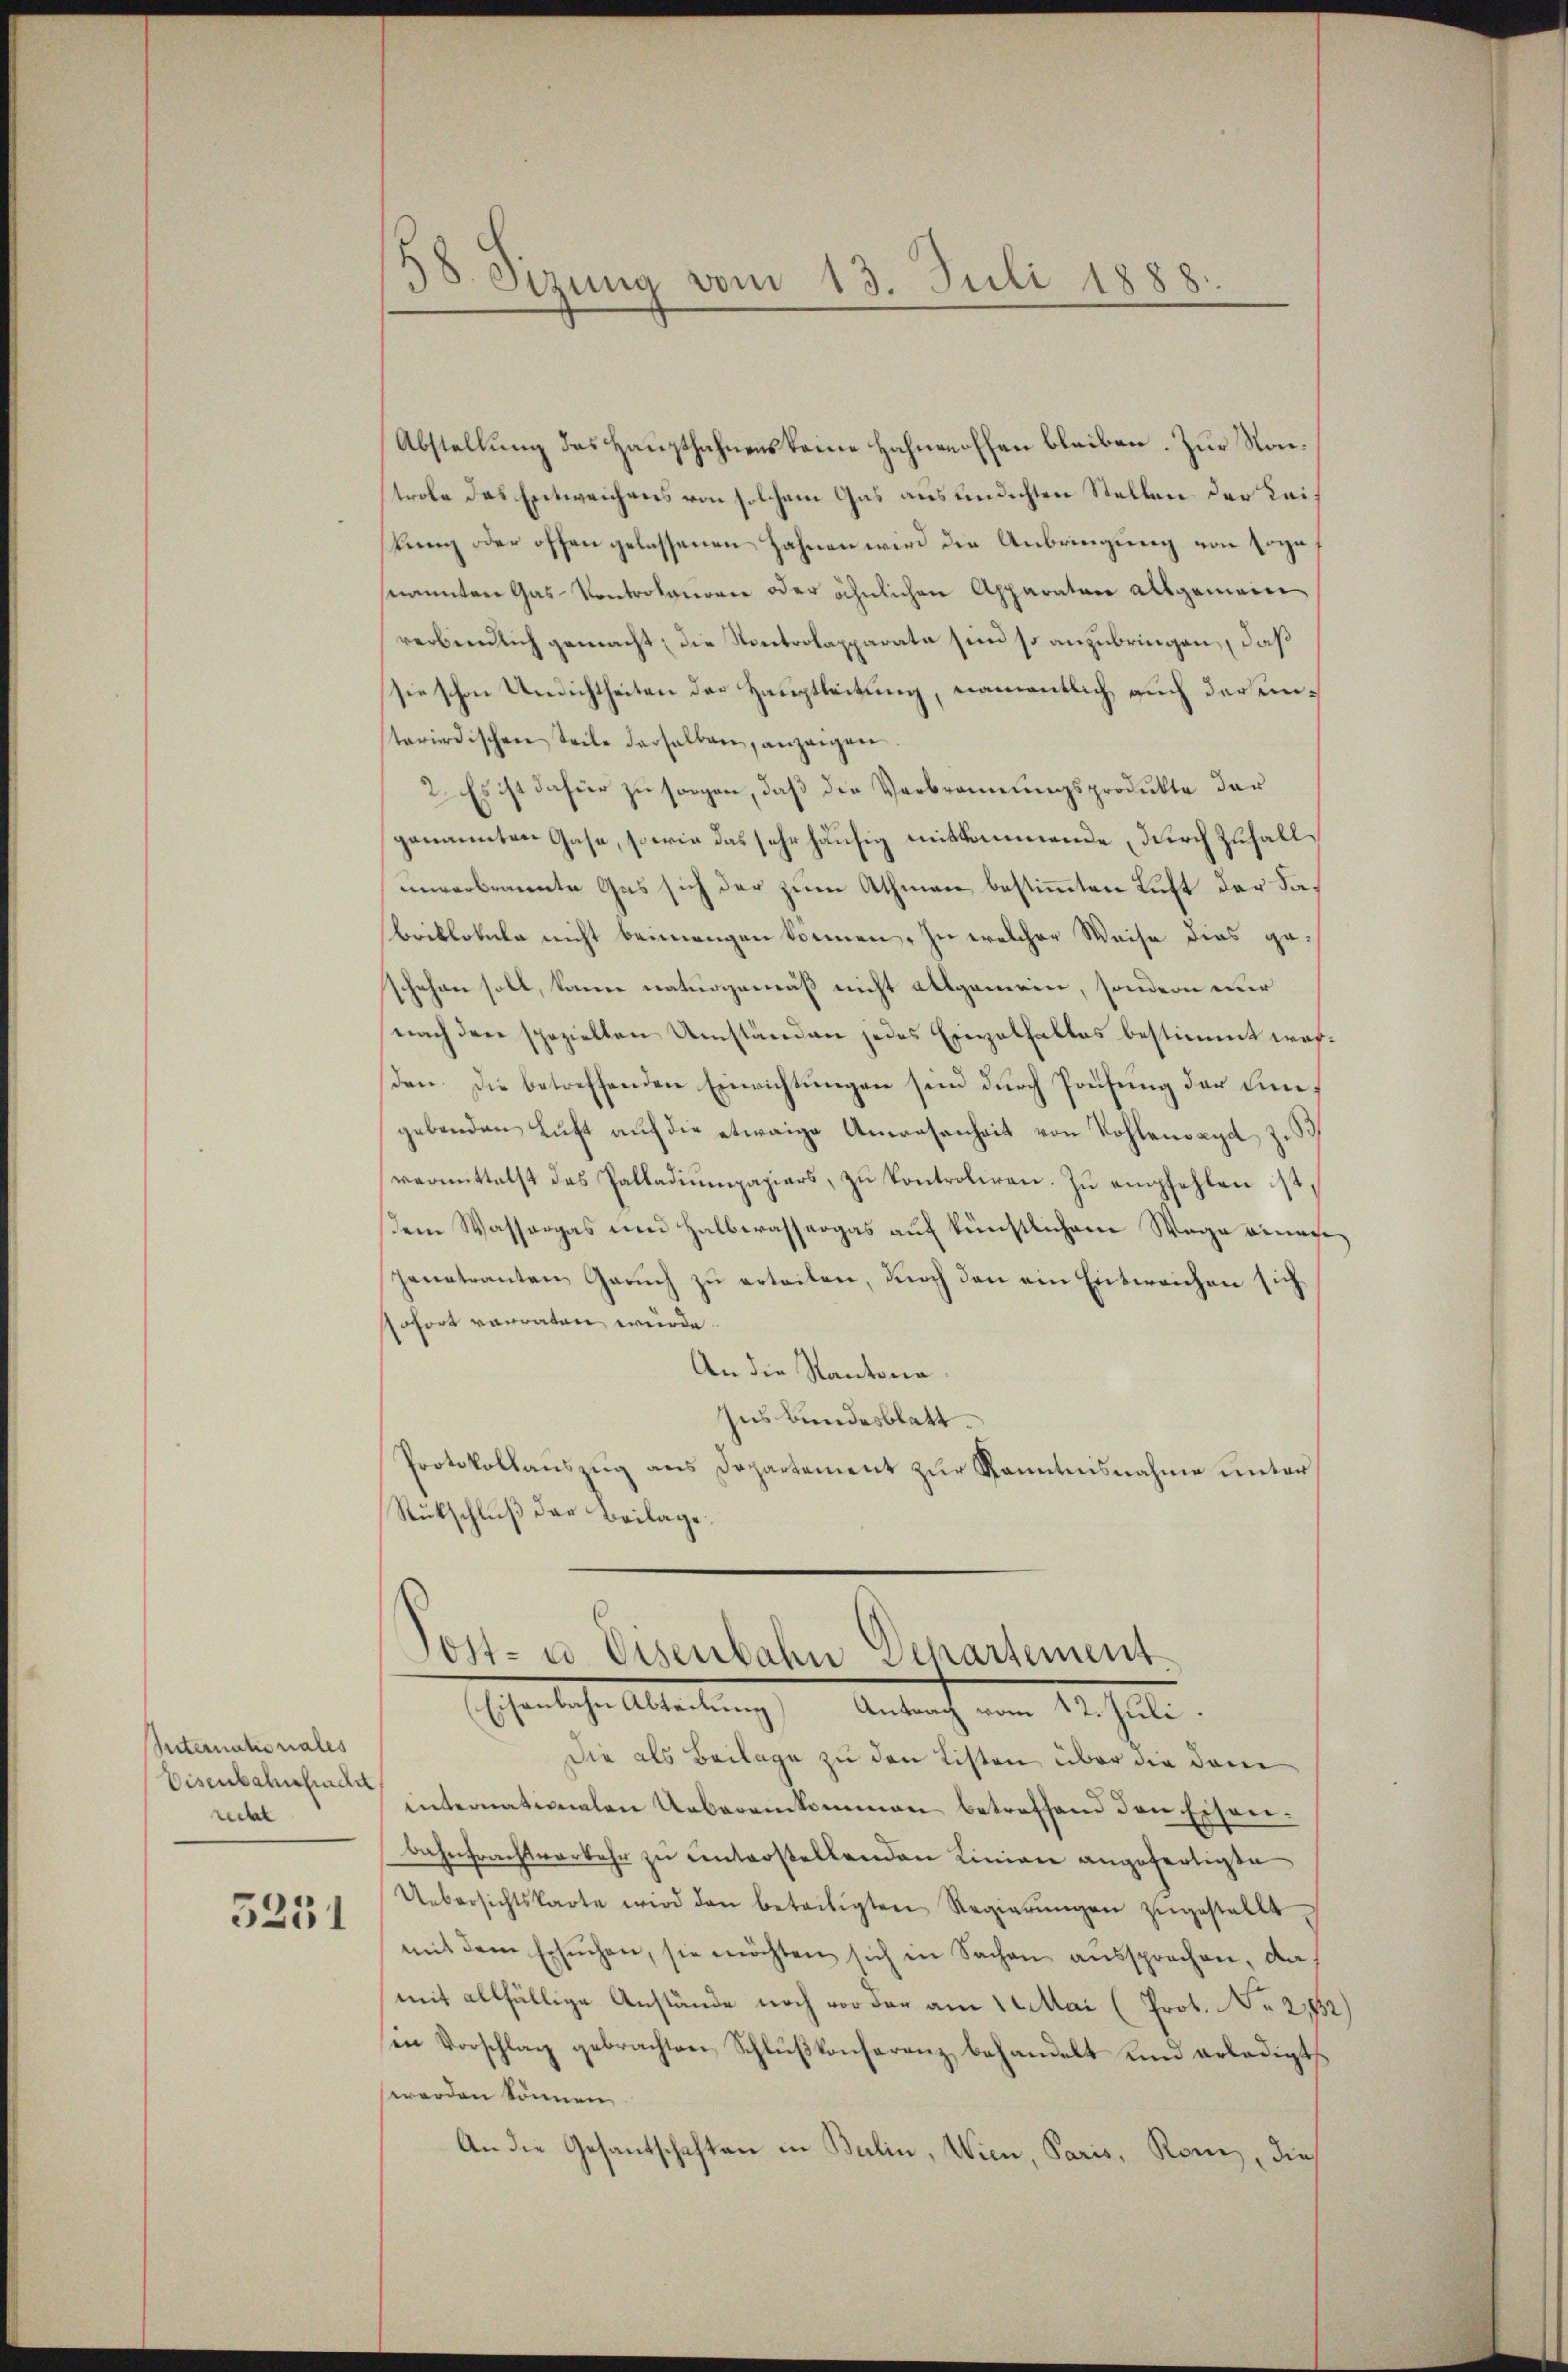
Sternationales
Eisenbahnbinde
recht

5251

58. Sizung vom 13. Juli 1888

Abstellung des Haupthahnens keine Hahnenoffen bleiben. Zur Notrole das Entweichens von solchem Gas aus endichten Stellen der Kais
kung oder offen gelassenen Hahnen wird die Anbringung von soge
snannten Gas- Kontroleurer oder ähnlichen Apparator Allgemein
verbindlich gemacht; die Kontrolapparate sind so anzubringen, daß
sie schon Unsichtheiten der Hauptleitung, namentlich, auch der einsterirdischen Teile derselben, anzeigen
2. Es ist dafür zu sorgen, daß die Verbrennungsprodukte der
genannten Gase, sowie das sehr häufig mitkommende, durch Zufall
unverbrannte Gas sich der zum Athmann bestimmten Luft der dabriklokale nicht beimengen können. In welcher Weise dies geschehen soll, kann naturgemäß nicht allgemein, sondern nur
nach den spezielten Umständen jedes Eingalfalles bestimmt worden. Die betreffenden Einrichtungen sein durch Prüfung der ein
gebenden Luft auf die etwaige Anwesenheit von Kohlenoxyd Z. 33
vermittelst des Palladiŭmpapiers, zŭ kontroliren. Zŭ empfehlen ist,
dem Wassergas und Halberassergas auf künstlichem Wege einan¬
Janatranten Geruch zu erteilen, durch den ein Entweichen sich
ofort vorraten würde.
An die Kantona
Ins Bundesblatt.
Protokollauszug aus Departement zur Kenntnisnahme unter
Rückschluß der Beilage.

Post- u. Eisenbahn Departement.
Eisenbahn Abteilung) Antrag vom 12. Juli.

Die als Beilage zu den Listen, über die dem
internationalen Uebereinkommen betreffend den Eisen¬
Bahnfrachtverkehr zu controstellenden Linien angefertigte
Uebersichtskarte wird den beteiligten Regierŭngen zŭgestellt,
mit dem Ersuchen, sie möchten sich in Sachen aussprechen, da
mit allfällige Anstände noch vor der am 12. Mai (Prot. No. 2152)
en Vorschlag gebrachten Schlŭβkonferenz behandelt und erledigt
werden können,
An die Gesantschaften in Balin, Wien, Paris, Rom, dies